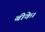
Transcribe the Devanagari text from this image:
बीके।